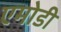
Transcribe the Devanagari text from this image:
एमोडी